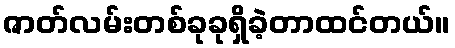
ဇာတ်လမ်းတစ်ခုခုရှိခဲ့တာထင်တယ်။